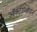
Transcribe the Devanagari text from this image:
ऑक्टाव्हियन